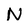
Character: N